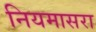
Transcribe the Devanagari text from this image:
नियमासरा